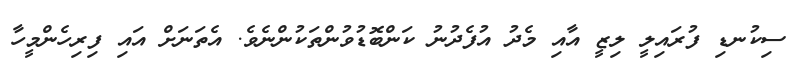
ސިކުނޑި ފުރައިލީ ލިޒީ އާއި މެދު އުފެދުނު ކަންބޮޑުވުންތަކުންނެވެ. އެތަނަށް އައި ފިރިހެންމީހާ